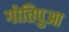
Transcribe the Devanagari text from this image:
गोतिपुआ